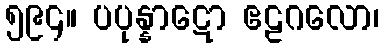
၅၉၄။ ပပုန္နာဋော ဧဠဂလော၊